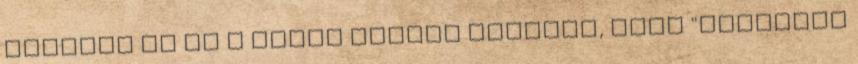
terjedt el az a túlzó reklám szlogen, hogy "Vasárnap